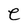
Character: e